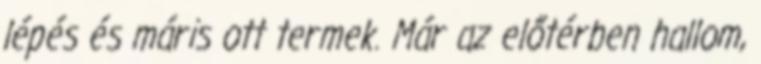
lépés és máris ott termek. Már az előtérben hallom,